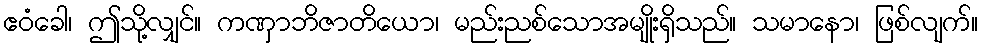
ဧဝံခေါ၊ ဤသို့လျှင်။ ကဏှာဘိဇာတိယော၊ မည်းညစ်သောအမျိုးရှိသည်။ သမာနော၊ ဖြစ်လျက်။